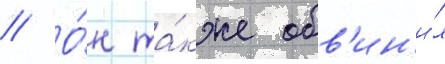
// О́н та́кже обв'ин'и́л